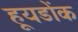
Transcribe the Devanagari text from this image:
हूयडोंक